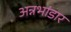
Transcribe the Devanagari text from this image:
अन्नभांडार